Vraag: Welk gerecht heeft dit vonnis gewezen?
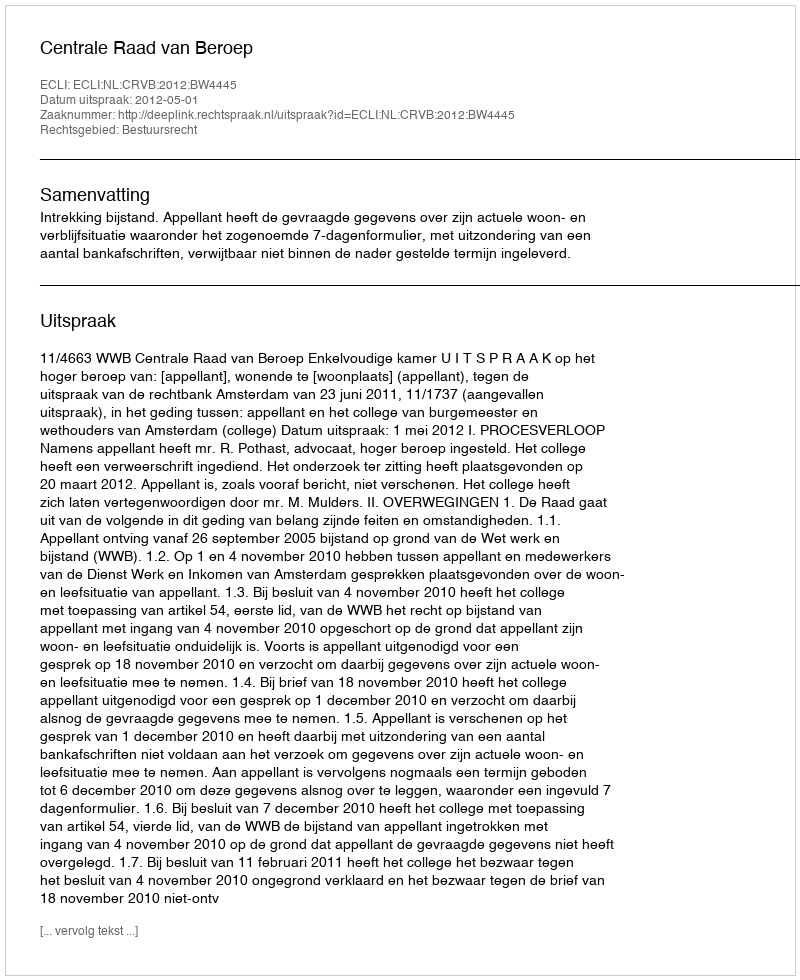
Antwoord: Centrale Raad van Beroep